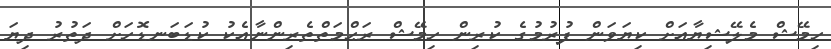
ހިމޭޝް މެލޭޝިޔާއަށް ކިޔަވަން ފުރުމުގެ ކުރިން ހިމޭޝް ރަޙްމަތްތެރިންނާއެކު ކުޑަބަނޑޮހަށް ދަތުރު ދިޔަ